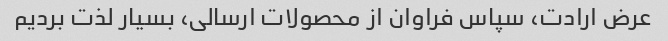
عرض ارادت، سپاس فراوان از محصولات ارسالی، بسیار لذت بردیم